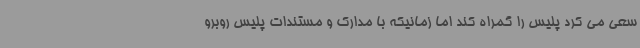
سعی می کرد پلیس را گمراه کند اما زمانیکه با مدارک و مستندات پلیس روبرو